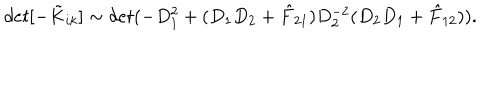
d e t [ - \tilde { K } _ { i k } ] \sim d e t ( - D _ { 1 } ^ { 2 } + ( D _ { 1 } D _ { 2 } + \hat { F } _ { 2 1 } ) D _ { 2 } ^ { - 2 } ( D _ { 2 } D _ { 1 } + \hat { F } _ { 1 2 } ) ) .